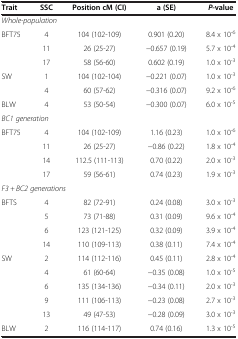
<table><thead><tr><td><b>Trait</b></td><td><b>SSC</b></td><td><b>Position cM (CI)</b></td><td><b>a (SE)</b></td><td><b><i>P</i>-value</b></td></tr></thead><tbody><tr><td colspan="5"><i>Whole-population</i></td></tr><tr><td>BFT75</td><td>4</td><td>104 (102-109)</td><td>0.901 (0.20)</td><td>8.4 x 10<sup>-6</sup></td></tr><tr><td> </td><td>11</td><td>26 (25-27)</td><td>−0.657 (0.19)</td><td>5.7 x 10<sup>-4</sup></td></tr><tr><td> </td><td>17</td><td>58 (56-60)</td><td>0.602 (0.19)</td><td>1.0 x 10<sup>-3</sup></td></tr><tr><td>SW</td><td>1</td><td>104 (102-104)</td><td>−0.221 (0.07)</td><td>1.0 x 10<sup>-3</sup></td></tr><tr><td> </td><td>4</td><td>60 (57-62)</td><td>−0.316 (0.07)</td><td>9.2 x 10<sup>-6</sup></td></tr><tr><td>BLW</td><td>4</td><td>53 (50-54)</td><td>−0.300 (0.07)</td><td>6.0 x 10<sup>-5</sup></td></tr><tr><td colspan="5"><i>BC1 generation</i></td></tr><tr><td>BFT75</td><td>4</td><td>104 (102-109)</td><td>1.16 (0.23)</td><td>1.0 x 10<sup>-6</sup></td></tr><tr><td> </td><td>11</td><td>26 (25-27)</td><td>−0.86 (0.22)</td><td>1.8 x 10<sup>-4</sup></td></tr><tr><td> </td><td>14</td><td>112.5 (111-113)</td><td>0.70 (0.22)</td><td>2.0 x 10<sup>-3</sup></td></tr><tr><td> </td><td>17</td><td>59 (56-61)</td><td>0.74 (0.23)</td><td>1.9 x 10<sup>-3</sup></td></tr><tr><td colspan="5"><i>F3 + BC2 generations</i></td></tr><tr><td>BFTS</td><td>4</td><td>82 (72-91)</td><td>0.24 (0.08)</td><td>3.0 x 10<sup>-3</sup></td></tr><tr><td> </td><td>5</td><td>73 (71-88)</td><td>0.31 (0.09)</td><td>9.6 x 10<sup>-4</sup></td></tr><tr><td> </td><td>6</td><td>123 (121-125)</td><td>0.32 (0.09)</td><td>3.9 x 10<sup>-4</sup></td></tr><tr><td> </td><td>14</td><td>110 (109-113)</td><td>0.38 (0.11)</td><td>7.4 x 10<sup>-4</sup></td></tr><tr><td>SW</td><td>2</td><td>114 (112-116)</td><td>0.45 (0.11)</td><td>2.8 x 10<sup>-4</sup></td></tr><tr><td> </td><td>4</td><td>61 (60-64)</td><td>−0.35 (0.08)</td><td>1.0 x 10<sup>-5</sup></td></tr><tr><td> </td><td>6</td><td>135 (134-136)</td><td>−0.34 (0.11)</td><td>2.0 x 10<sup>-3</sup></td></tr><tr><td> </td><td>9</td><td>111 (106-113)</td><td>−0.23 (0.08)</td><td>2.7 x 10<sup>-3</sup></td></tr><tr><td> </td><td>13</td><td>49 (47-53)</td><td>−0.28 (0.09)</td><td>3.0 x 10<sup>-3</sup></td></tr><tr><td>BLW</td><td>2</td><td>116 (114-117)</td><td>0.74 (0.16)</td><td>1.3 x 10<sup>-5</sup></td></tr></tbody></table>